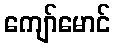
ကျော်မောင်